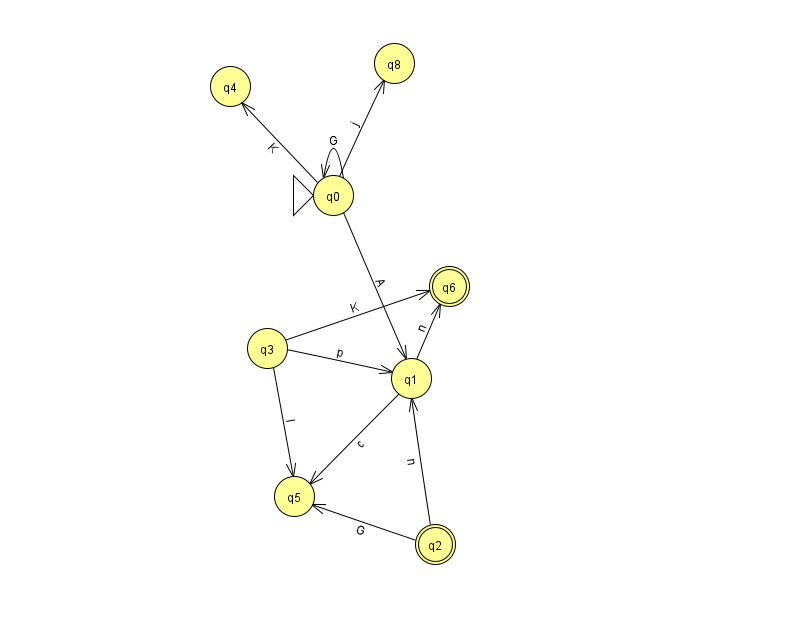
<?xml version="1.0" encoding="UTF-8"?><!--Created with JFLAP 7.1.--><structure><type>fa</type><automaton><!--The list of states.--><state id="0" name="q0"><x>333.0</x><y>182.0</y><initial/></state><state id="1" name="q1"><x>411.0</x><y>365.0</y></state><state id="2" name="q2"><x>435.0</x><y>531.0</y><final/></state><state id="3" name="q3"><x>267.0</x><y>335.0</y></state><state id="4" name="q4"><x>230.0</x><y>73.0</y></state><state id="5" name="q5"><x>294.0</x><y>483.0</y></state><state id="6" name="q6"><x>449.0</x><y>273.0</y><final/></state><state id="8" name="q8"><x>394.0</x><y>50.0</y></state><!--The list of transitions.--><transition><from>2</from><to>5</to><read>G</read></transition><transition><from>1</from><to>6</to><read>n</read></transition><transition><from>0</from><to>0</to><read>G</read></transition><transition><from>0</from><to>1</to><read>A</read></transition><transition><from>2</from><to>1</to><read>n</read></transition><transition><from>3</from><to>1</to><read>p</read></transition><transition><from>3</from><to>6</to><read>K</read></transition><transition><from>0</from><to>8</to><read>j</read></transition><transition><from>1</from><to>5</to><read>c</read></transition><transition><from>3</from><to>5</to><read>I</read></transition><transition><from>0</from><to>4</to><read>K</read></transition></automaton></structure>